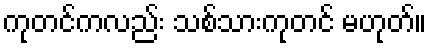
ကုတင်ကလည်း သစ်သားကုတင် မဟုတ်။